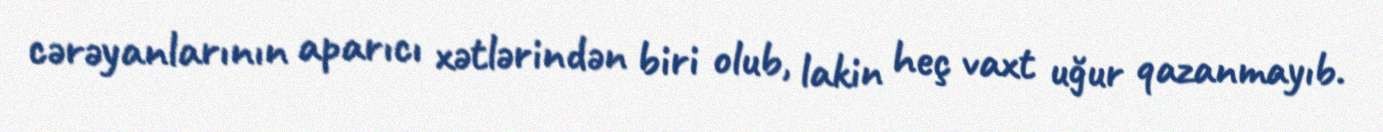
cərəyanlarının aparıcı xətlərindən biri olub, lakin heç vaxt uğur qazanmayıb.